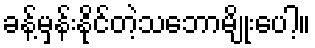
ခန့်မှန်းနိုင်တဲ့သဘောမျိုးပေါ့။